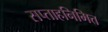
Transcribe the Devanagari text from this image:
सप्ताहनिमित्त